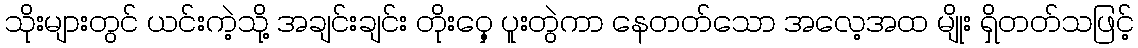
သိုးများတွင် ယင်းကဲ့သို့ အချင်းချင်း တိုးဝှေ့ ပူးတွဲကာ နေတတ်သော အလေ့အထ မျိုး ရှိတတ်သဖြင့်